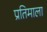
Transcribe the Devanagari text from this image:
प्रतिमाला